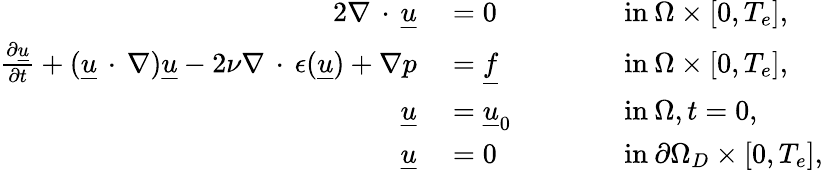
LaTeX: \begin{array}{rlrl}{{2}\nabla\, \cdot\, \underline{{u}}}&{{}=0}&{}&{{}\qquad\textnormal{in}\: \Omega\times[0,T_{e}],}\\ {\frac{\partial\underline{{u}}}{\partial t}+(\underline{{u}}\, \cdot\, \nabla)\underline{{u}}-2\nu\nabla\, \cdot\, \epsilon(\underline{{u}})+\nabla p}&{{}=\underline{{f}}}&{}&{{}\qquad\textnormal{in}\: \Omega\times[0,T_{e}],}\\ {\underline{{u}}}&{{}=\underline{{u}}_{0}}&{}&{{}\qquad\textnormal{in}\: \Omega,t=0,}\\ {\underline{{u}}}&{{}=0}&{}&{{}\qquad\textnormal{in}\: \partial\Omega_{D}\times[0,T_{e}],}\end{array}